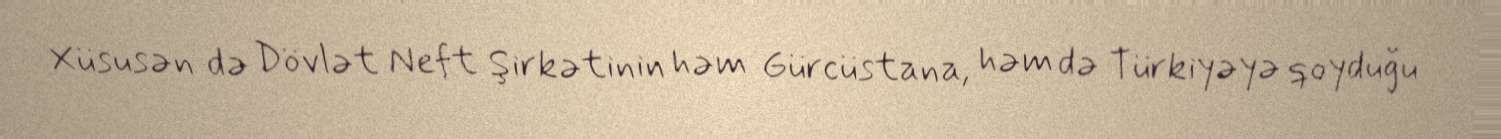
Xüsusən də Dövlət Neft Şirkətinin həm Gürcüstana, həm də Türkiyəyə qoyduğu